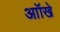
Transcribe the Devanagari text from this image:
आॉखे